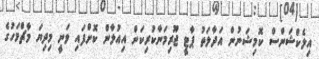
އިލެކްޝަންސް ކޮމިޝަނުން އަދާލަތު ޕާޓީ ޖޫރިމަނާކުރިކަން އިއުލާން ކޮށްފައި ވަނީ މިދިޔަ މާޗްމަހުގެ